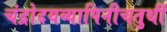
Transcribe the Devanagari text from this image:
चंद्रोदयव्यापिनीचतुर्थी